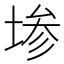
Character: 𫮅